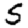
Digit: 5